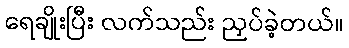
ရေချိုးပြီး လက်သည်း ညှပ်ခဲ့တယ်။